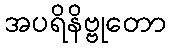
အပရိနိဗ္ဗုတော